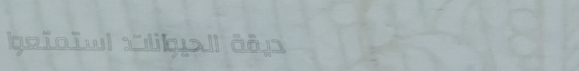
حديقة الحيوانات: استمتعوا